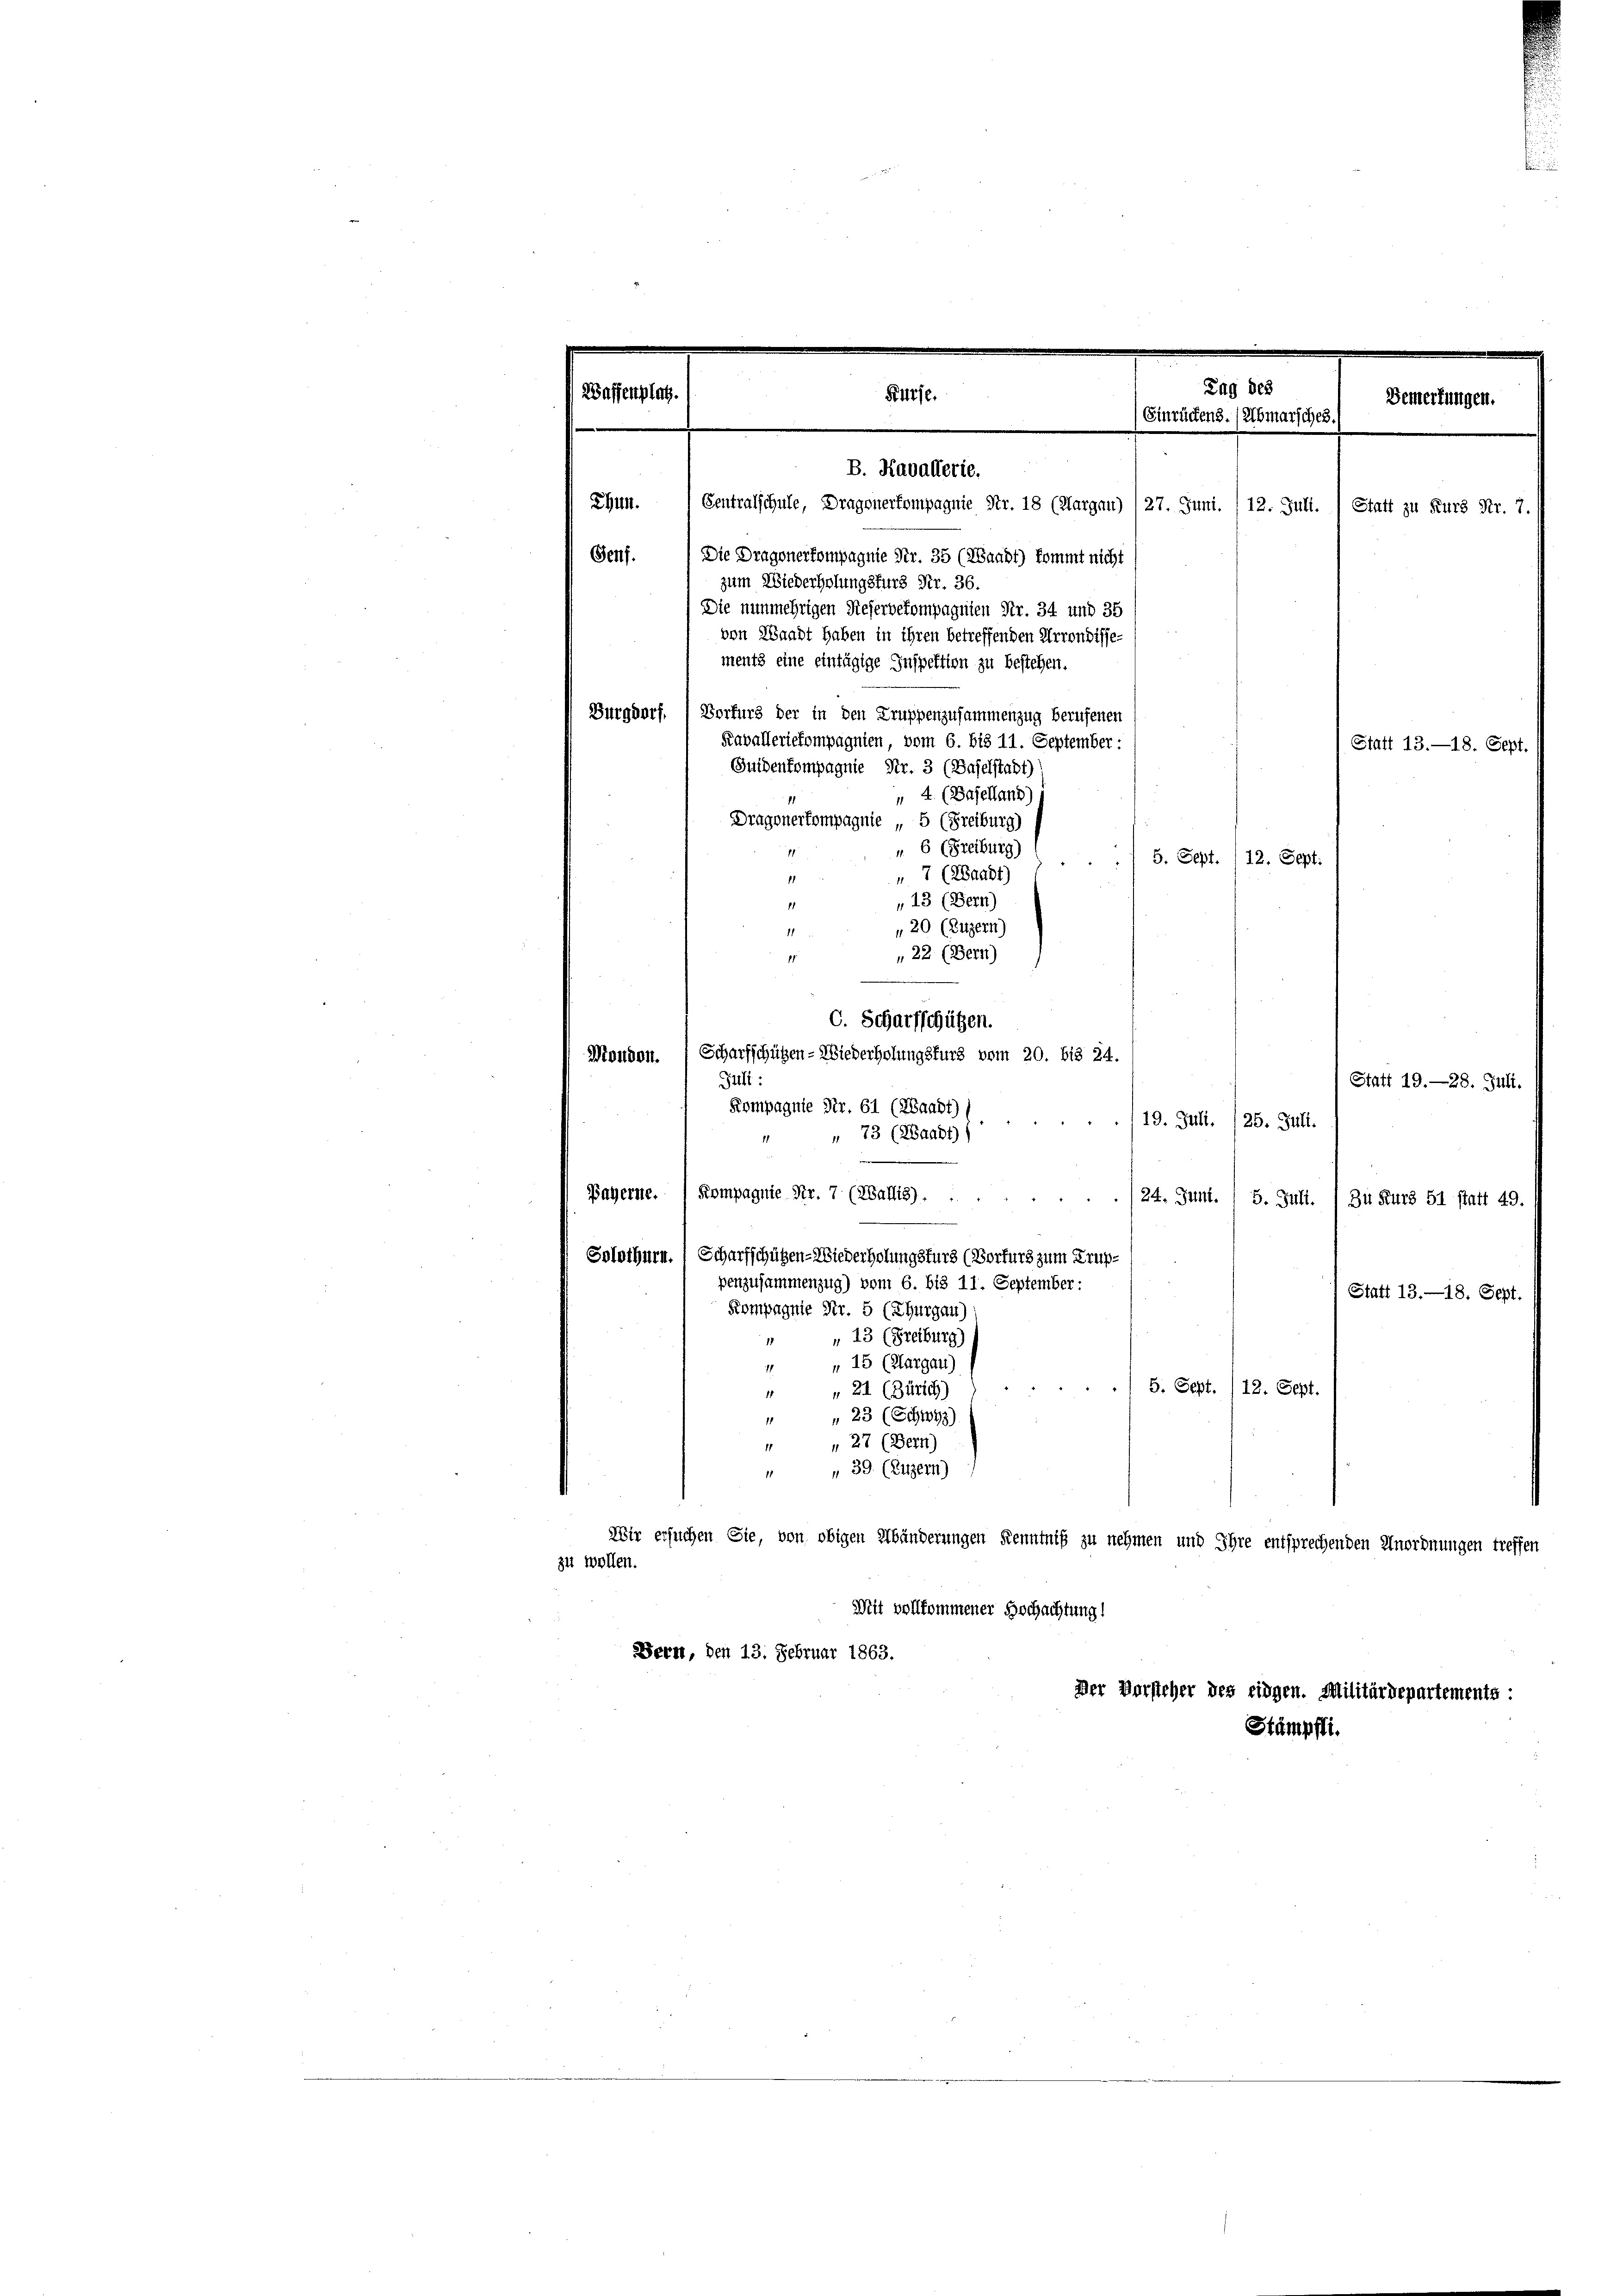
Tag des
Bemerkungen.
Einrückens. (Abmarsches.
211.
Centralschule, Dragonerkompagnie Nr. 18 (Aargau) 127. Juni. /12. Juli. ) Statt zu Kurs Nr. 7.
Genf.
Die Dragonerkompagnie Nr. 35 (Waadt) kommt nicht
zum Wiederholungsfurg Nr. 36.
Die nunmehrigen Rieserbekompagnien Fr. 34 und 35
von Waadt haben in ihren betreffenden Arrondisse-
ments eine eintägige Inspektion zu bestehen.
Burgdorf
Vorfurs der in den Gruppenzusammenzug berufenen
Faballeriekompagnien, vom 6. bis 11. September :
Statt 13. —18. Sept.
Suidenkompagnie Nr. 3 (Baselstadt)
4. (Baselland)
Dragonerkompagnie „ 5 (Freiburg)
" 6 (Freiburg)
5. Sept. /12. Sept.
„ 7 (Waadt)
¬
„13 (Bern)
1
20 (Luzern)
22 (Bern)

Waffenplatz.

Küsse.

B. Kavallerie.

C. Scharfschützen.
Mandon.  Scharfschützen - Wiederholungsfürs vom 20. bis 24.
Juli:
Statt 19.—28. Juli.
Kompagnie Nr. 61 (Waadt)
19. Juli. (25. Juli.
„ 73 (2Saabt)
e
Bayerne. Kompagnie Nr. 7 (ZBallis).
24. Juni.
5. Juli.
Zu Kurz 51 statt 49.
Solothurn.; Scharfschützen-Wiederholungsfürs (Borfurg zum Truppenzusammenzug) vom 6. bis 11. September:
Statt 13. —18. Sept.
Kompagnie Nr. 5 (Thurgau)
 " 13 (Freiburg)
1 " 15 (Klargau)
5. Sept. /12. Sept.
21 (Zürich)
 23 (Schwyz
11
 27 (Bern)
 39. (Luzern)
Wir ersuchen Sie, von obigen Abänderungen Kenntniß zu nehmen und Ihre entsprechenden Anordnungen treffen
zu wollen.
Mit vollkommener Hochachtung!
Bern, den 13. Februar 1863.
Der Vorsteher des eidgen. Militärdepartements:

Stämpfli